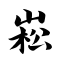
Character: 崧